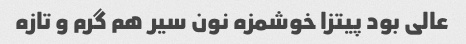
عالی بود پیتزا خوشمزه نون سیر هم گرم و تازه